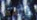
بأنهما